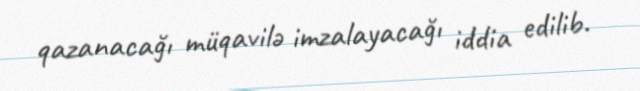
qazanacağı müqavilə imzalayacağı iddia edilib.